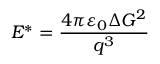
E ^ { * } = \frac { 4 \pi \varepsilon _ { 0 } \Delta G ^ { 2 } } { q ^ { 3 } }